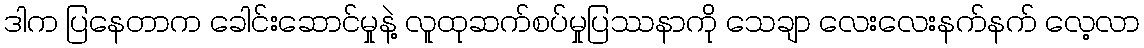
ဒါက ပြနေတာက ခေါင်းဆောင်မှုနဲ့ လူထုဆက်စပ်မှုပြဿနာကို သေချာ လေးလေးနက်နက် လေ့လာ